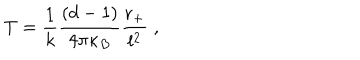
LaTeX: T = \frac { 1 } { k } \frac { ( d - 1 ) } { 4 \pi \kappa _ { B } } \frac { r _ { + } } { l ^ { 2 } } \; ,